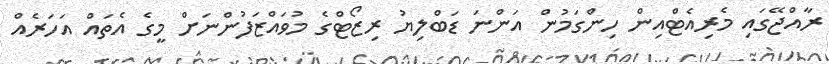
ރާއްޖޭގައި މެރިއެޓްއިން ހިންގަމުން އަންނަ ޑަބްލިޔު ރިޒޯޓްގެ މުވައްޒަފުންނަށް މީގެ އެތައް އަހަރެއް